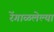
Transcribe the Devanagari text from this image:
रेंगाळलेल्या